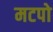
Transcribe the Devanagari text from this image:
मटपो